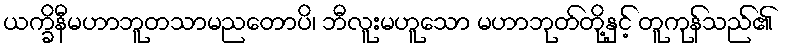
ယက္ခိနီမဟာဘူတသာမညတောပိ၊ ဘီလူးမဟူသော မဟာဘုတ်တို့နှင့် တူကုန်သည်၏